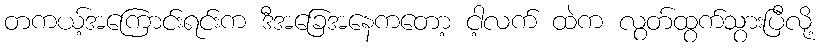
တကယ့်အကြောင်းရင်းက ဒီအခြေအနေကတော့ ငါ့လက် ထဲက လွတ်ထွက်သွားပြီလို့